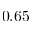
0 . 6 5